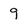
Character: 9